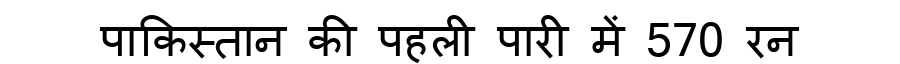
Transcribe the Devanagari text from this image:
पाकिस्तान की पहली पारी में 570 रन